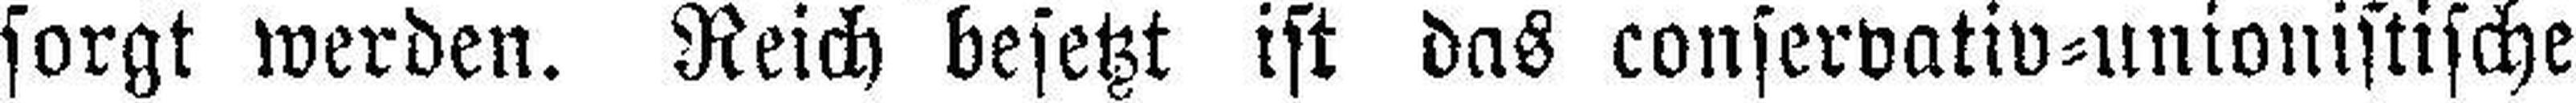
sorgt werden. Reich besetzt ist das conservativ=unionistische